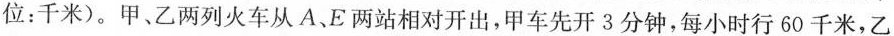
位：千米)。甲、乙两列火车从A、E两站相对开出，甲车先开3分钟，每小时行60千米，乙